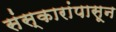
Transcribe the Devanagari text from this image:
संस्कारांपासून